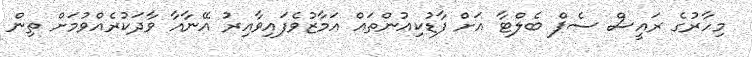
މިހާރުގެ ރައީސް ސެޕް ބެލްޓާ އަށް ފާޑުކިއުންތައް އަމާޒުވެފައިވާއިރު އޭނާއާ ވާދަކުރެއްވުމަށް ތިން